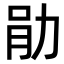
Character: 𫦪